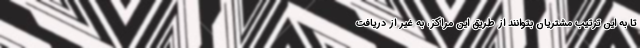
تا به این ترتیب مشتریان بتوانند از طریق این مراکز، به غیر از دریافت